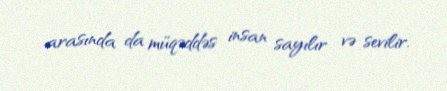
arasında da müqəddəs insan sayılır və sevilir.